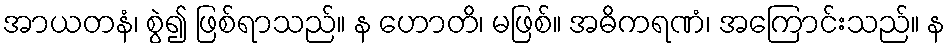
အာယတနံ၊ စွဲ၍ ဖြစ်ရာသည်။ န ဟောတိ၊ မဖြစ်။ အဓိကရဏံ၊ အကြောင်းသည်။ န